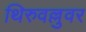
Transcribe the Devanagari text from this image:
थिरुवल्लुवर